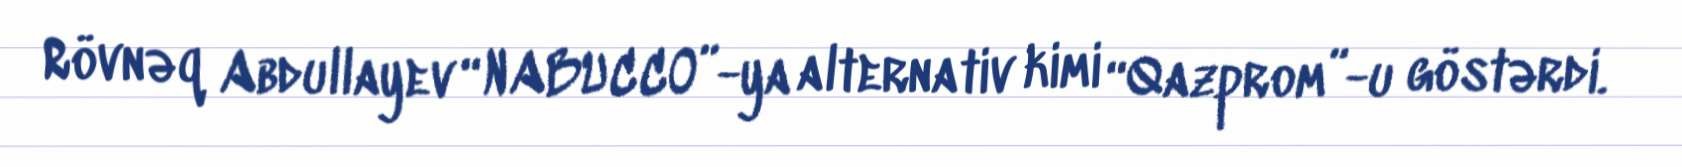
Rövnəq Abdullayev “NABUCCO”-ya alternativ kimi “Qazprom”-u göstərdi.